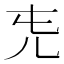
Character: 𠑸